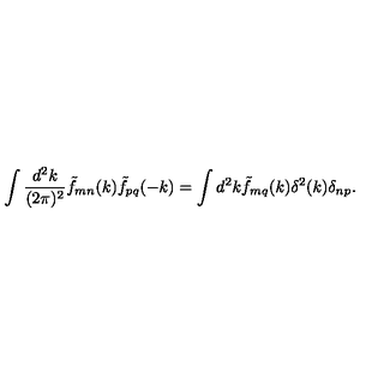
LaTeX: \int \frac { d ^ { 2 } k } { ( 2 \pi ) ^ { 2 } } \tilde { f } _ { m n } ( k ) \tilde { f } _ { p q } ( - k ) = \int d ^ { 2 } k \tilde { f } _ { m q } ( k ) \delta ^ { 2 } ( k ) \delta _ { n p } .